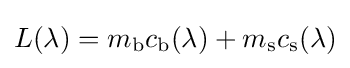
L(\lambda )=m_{\mathrm {b} }c_{\mathrm {b} }(\lambda )+m_{\mathrm {s} }c_{\mathrm {s} }(\lambda )